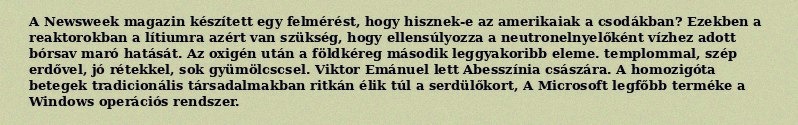
A Newsweek magazin készített egy felmérést, hogy hisznek-e az amerikaiak a csodákban? Ezekben a reaktorokban a lítiumra azért van szükség, hogy ellensúlyozza a neutronelnyelőként vízhez adott bórsav maró hatását. Az oxigén után a földkéreg második leggyakoribb eleme. templommal, szép erdővel, jó rétekkel, sok gyümölcscsel. Viktor Emánuel lett Abesszínia császára. A homozigóta betegek tradicionális társadalmakban ritkán élik túl a serdülőkort, A Microsoft legfőbb terméke a Windows operációs rendszer.